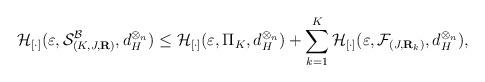
LaTeX: \begin{align*} \mathcal{H}_{[\cdot]} (\varepsilon,\mathcal{S}^{\mathcal{B}}_{(K,J,\mathbf{R})}, d_H^{\otimes_n}) &\leq \mathcal{H}_{[\cdot]} (\varepsilon,\Pi_K, d_H^{\otimes_n}) + \sum_{k=1}^K \mathcal{H}_{[\cdot]} (\varepsilon,\mathcal{F}_{(J,\mathbf{R}_k)}, d_H^{\otimes_n}),\end{align*}